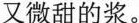
又微甜的浆。